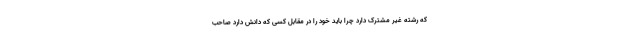
که رشته غیر مشترک دارد چرا باید خود را در مقابل کسی که دانش دارد صاحب